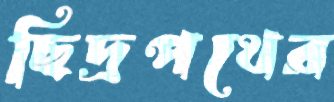
ছিদ্রপথের